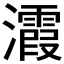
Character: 𪸀